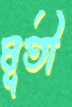
মূতী